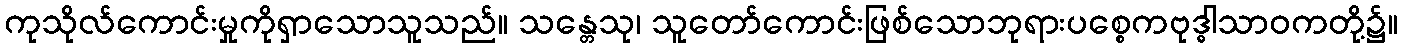
ကုသိုလ်ကောင်းမှုကိုရှာသောသူသည်။ သန္တေသု၊ သူတော်ကောင်းဖြစ်သောဘုရားပစ္စေကဗုဒ္ဓါသာဝကတို့၌။